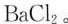
BaCl_{2}。